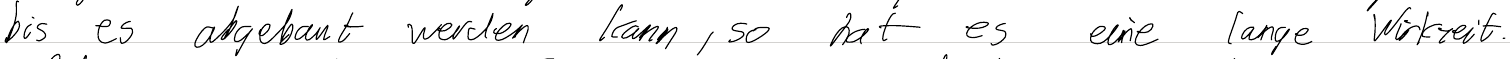
bis es abgebaut werden kann, so hat es eine lange Wirkzeit.